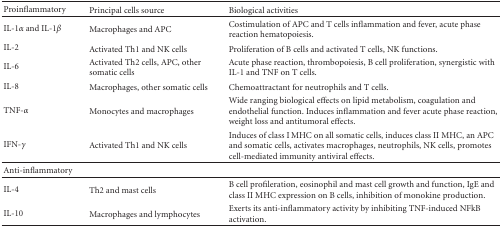
<table><thead><tr><td><b>Proinflammatory</b></td><td><b>Principal cells source</b></td><td><b>Biological activities</b></td></tr></thead><tbody><tr><td>IL-1<i>α</i> and IL-1<i>β</i></td><td>Macrophages and APC</td><td>Costimulation of APC and T cells inflammation and fever, acute phase reaction hematopoiesis.</td></tr><tr><td>IL-2</td><td>Activated Th1 and NK cells</td><td>Proliferation of B cells and activated T cells, NK functions.</td></tr><tr><td>IL-6</td><td>Activated Th2 cells, APC, other somatic cells</td><td>Acute phase reaction, thrombopoiesis, B cell proliferation, synergistic with IL-1 and TNF on T cells.</td></tr><tr><td>IL-8</td><td>Macrophages, other somatic cells</td><td>Chemoattractant for neutrophils and T cells.</td></tr><tr><td>TNF-<i>α</i></td><td>Monocytes and macrophages</td><td>Wide ranging biological effects on lipid metabolism, coagulation and endothelial function. Induces inflammation and fever acute phase reaction, weight loss and antitumoral effects.</td></tr><tr><td>IFN-<i>γ</i></td><td>Activated Th1 and NK cells</td><td>Induces of class I MHC on all somatic cells, induces class II MHC, an APC and somatic cells, activates macrophages, neutrophils, NK cells, promotes cell-mediated immunity antiviral effects.</td></tr><tr><td>Anti-inflammatory</td><td></td><td></td></tr><tr><td>IL-4</td><td>Th2 and mast cells</td><td>B cell profileration, eosinophil and mast cell growth and function, IgE and class II MHC expression on B cells, inhibition of monokine production.</td></tr><tr><td>IL-10</td><td>Macrophages and lymphocytes</td><td>Exerts its anti-inflammatory activity by inhibiting TNF-induced NFkB activation.</td></tr></tbody></table>